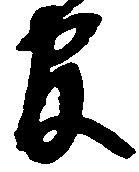
官